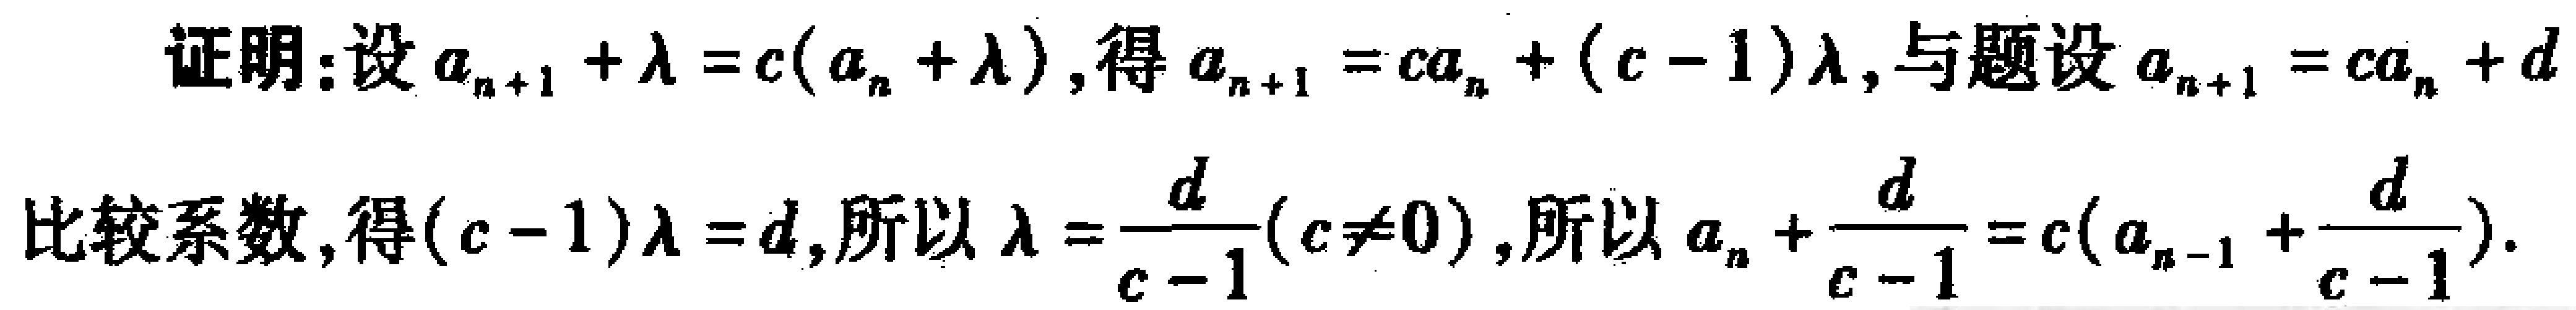
证明：设\(a_{n + 1}+\lambda = c(a_{n}+\lambda)\)，得\(a_{n + 1}=ca_{n}+(c - 1)\lambda\)，与题设\(a_{n + 1}=ca_{n}+d\)
比较系数，得\((c - 1)\lambda = d\)，所以\(\lambda=\frac{d}{c - 1}(c\neq0)\)，所以\(a_{n}+\frac{d}{c - 1}=c(a_{n - 1}+\frac{d}{c - 1})\)。